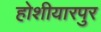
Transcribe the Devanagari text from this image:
होशीयारपुर